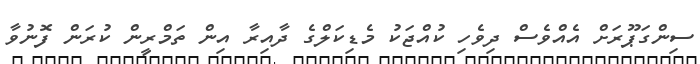
ސިންގަޕޫރަށް އެއްވެސް ދިވެހި ކުއްޖަކު މެޑިކަލްގެ ދާއިރާ އިން ތަމްރީން ކުރަން ފޮނުވާ